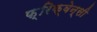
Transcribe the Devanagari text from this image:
फ़्रिक्वेन्सी